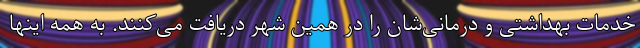
خدمات بهداشتی و درمانی‌شان را در همین شهر دریافت می‌کنند. به همه اینها